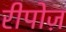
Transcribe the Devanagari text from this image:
रीपोज़